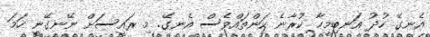
އެނގޭ ހުދު އަނބިމީހާ ކުރާނެ ކަންތައްވެސް އެނގޭ. މި ރައީސަށް ނޭނގޭނީ ހަމަ